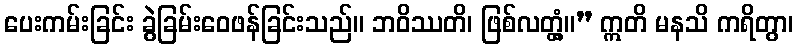
ပေးကမ်းခြင်း ခွဲခြမ်းဝေဖန်ခြင်းသည်။ ဘဝိဿတိ၊ ဖြစ်လတ္တံ့။” ဣတိ မနသိ ကရိတွာ၊